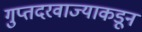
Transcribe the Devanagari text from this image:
गुप्तदरवाज्याकडून